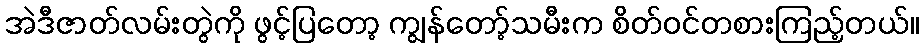
အဲဒီဇာတ်လမ်းတွဲကို ဖွင့်ပြတော့ ကျွန်တော့်သမီးက စိတ်ဝင်တစားကြည့်တယ်။